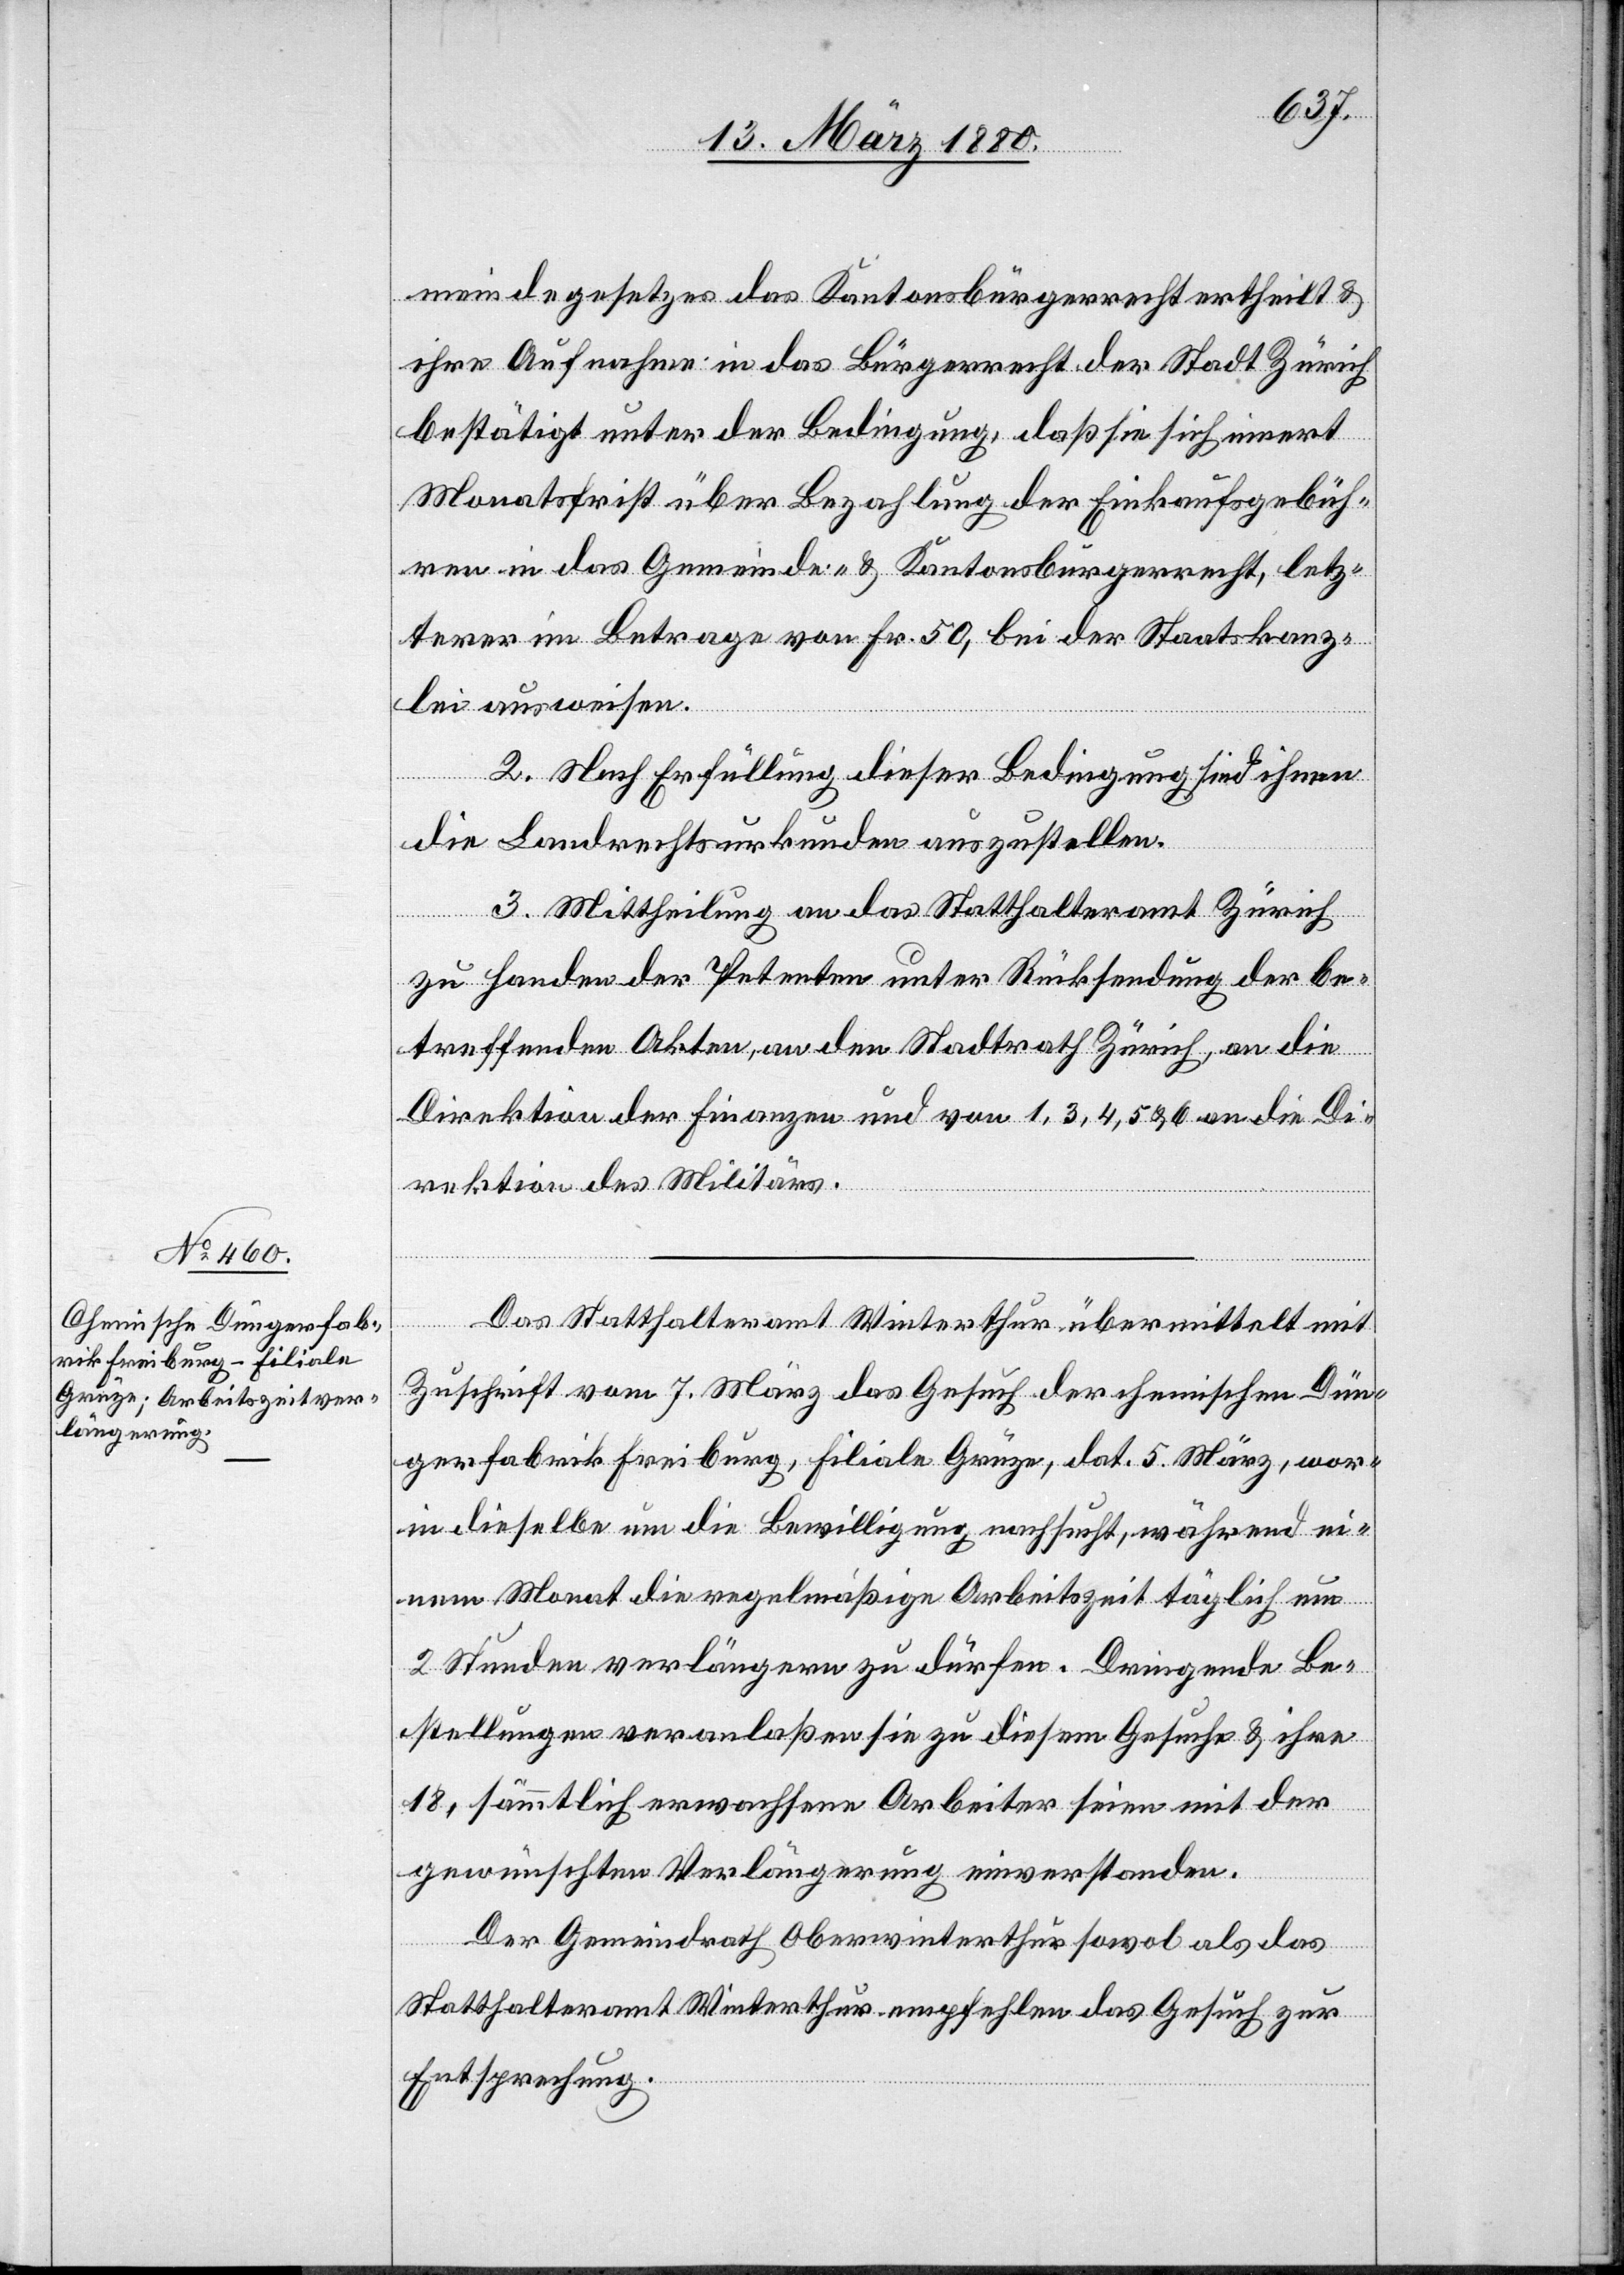
meindegesetzes das Kantonsbürgerrecht ertheilt &
ihre Aufnahme in das Bürgerrecht der Stadt Zürich
bestätigt unter der Bedingung, daß sie sich innert
Monatsfrist über Bezahlung der Einkaufsgebüh¬
ren in das Gemeinde- & Kantonsbürgerrecht, letz¬
terer im Betrage von Fr. 50, bei der Staatskanz¬
lei ausweisen.
2. Nach Erfüllung dieser Bedingung sind ihnen
die Landrechtsurkunden auszustellen.
3. Mittheilung an das Statthalteramt Zürich
zu Handen der Petenten unter Rücksendung der be¬
treffenden Akten, an den Stadtrath Zürich, an die
Direktion der Finanzen und von 1, 3, 4, 5 & 6 an die Di¬
rektion des Militärs.
Das Statthalteramt Winterthur übermittelt mit
Zuschrift vom 7. März das Gesuch der chemischen Dün¬
gerfabrik Freiburg, Filiale Grüze, dat. 5. März, wor¬
in dieselbe um die Bewilligung nachsucht, während ei¬
nem Monat die regelmäßige Arbeitszeit täglich um
2 Stunden verlängern zu dürfen. Dringende Be¬
stellungen veranlaßen sie zu diesem Gesuche & ihre
18, sämmtlich erwachsenen Arbeiter seien mit der
gewünschten Verlängerung einverstanden.
Der Gemeindrath Oberwinterthur sowol als das
Statthalteramt Winterthur empfehlen das Gesuch zur
Entsprechung.